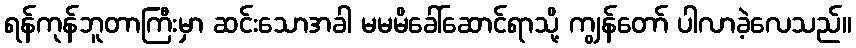
ရန်ကုန်ဘူတာကြီးမှာ ဆင်းသောအခါ မမမိခေါ်ဆောင်ရာသို့ ကျွန်တော် ပါလာခဲ့လေသည်။